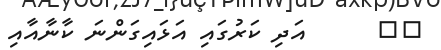
١٣      އަދި ކަރުގައި އަޅައިގަންނަ ކާނާއާއި